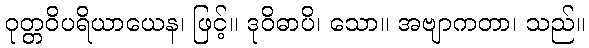
ဝုတ္တဝိပရိယာယေန၊ ဖြင့်။ ဒုဝိဓာပိ၊ သော။ အဗျာကတာ၊ သည်။